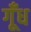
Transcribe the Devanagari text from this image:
गूँध